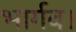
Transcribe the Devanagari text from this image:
भार्गव।